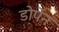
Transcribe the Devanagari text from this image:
डोर्पेन